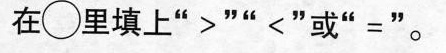
在\circ里填上“>”“<”或“=”。